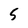
Character: 5